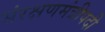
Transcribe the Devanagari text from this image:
संरक्षणमंत्रीपदी